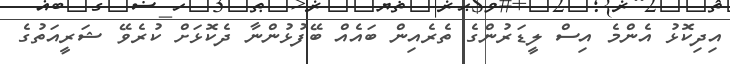
އިދިކޮޅު އެންމެ އިސް ލީޑަރުންގެ ތެރެއިން ބައެއް ބޭފުޅުންނާ ދެކޮޅަށް ކުރެވޭ ޝަރީއަތުގެ